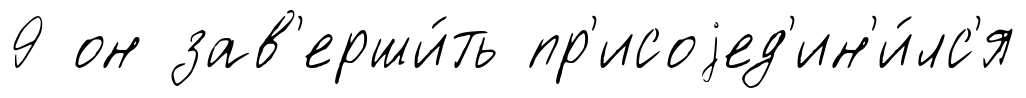
9 он зав'ерши́ть пр'исоjед'ин'и́лс'я